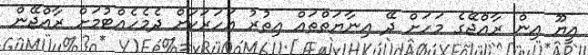
އީޔޫ އިން ރާއްޖޭގެ މަހަށް ދޭ އިނާޔަތްތައް އިތުރު އަހަރަކަށް ދެމެހެއްޓުމަށް ރާއްޖޭން